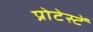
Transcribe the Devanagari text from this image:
प्रोटेस्टें